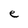
Character: e